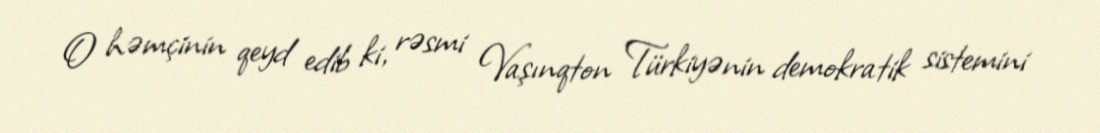
O həmçinin qeyd edib ki, rəsmi Vaşınqton Türkiyənin demokratik sistemini